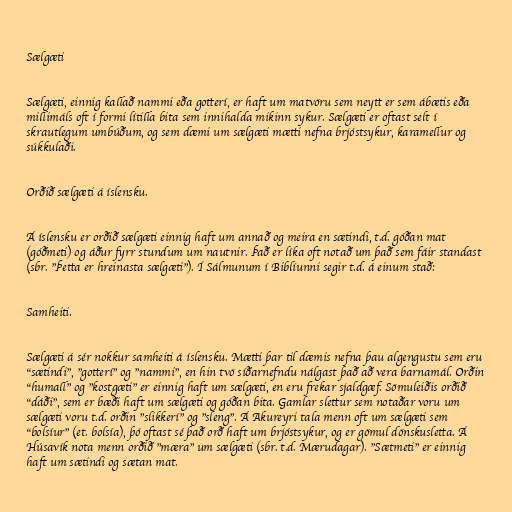
Sælgæti

Sælgæti, einnig kallað nammi eða gotterí, er haft um matvöru sem neytt er sem ábætis eða
millimáls oft í formi lítilla bita sem innihalda mikinn sykur. Sælgæti er oftast selt í
skrautlegum umbúðum, og sem dæmi um sælgæti mætti nefna brjóstsykur, karamellur og
súkkulaði.

Orðið sælgæti á íslensku.

Á íslensku er orðið sælgæti einnig haft um annað og meira en sætindi, t.d. góðan mat
(góðmeti) og áður fyrr stundum um nautnir. Það er líka oft notað um það sem fáir standast
(sbr. "Þetta er hreinasta sælgæti"). Í Sálmunum í Biblíunni segir t.d. á einum stað:

Samheiti.

Sælgæti á sér nokkur samheiti á íslensku. Mætti þar til dæmis nefna þau algengustu sem eru
"sætindi", "gotterí" og "nammi", en hin tvö síðarnefndu nálgast það að vera barnamál. Orðin
"humall" og "kostgæti" er einnig haft um sælgæti, en eru frekar sjaldgæf. Sömuleiðis orðið
"dáði", sem er bæði haft um sælgæti og góðan bita. Gamlar slettur sem notaðar voru um
sælgæti voru t.d. orðin "slikkerí" og "sleng". Á Akureyri tala menn oft um sælgæti sem
"bolsíur" (et. bolsía), þó oftast sé það orð haft um brjóstsykur, og er gömul dönskusletta. Á
Húsavík nota menn orðið "mæra" um sælgæti (sbr. t.d. Mærudagar). "Sætmeti" er einnig
haft um sætindi og sætan mat.